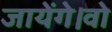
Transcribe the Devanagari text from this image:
जायेंगे।वो